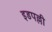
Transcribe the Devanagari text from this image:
इडपल्ली